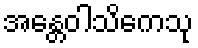
အန္တေဝါသိကေသု